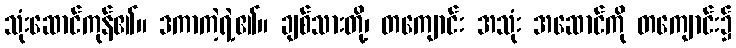
သုံးဆောင်ကုန်၏။ ဒကာကဲ့ရဲ့၏။ ချစ်သားတို့၊ တကျောင်း အသုံး အဆောင်ကို တကျောင်း၌